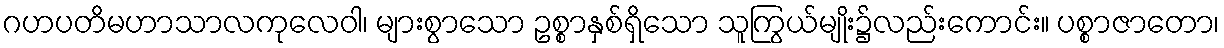
ဂဟပတိမဟာသာလကုလေဝါ၊ များစွာသော ဥစ္စာနှစ်ရှိသော သူကြွယ်မျိုး၌လည်းကောင်း။ ပစ္စာဇာတော၊